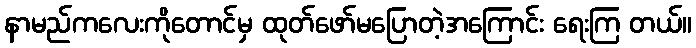
နာမည်ကလေးကိုတောင်မှ ထုတ်ဖော်မပြောတဲ့အကြောင်း ရေးကြ တယ်။